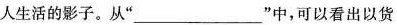
人生活的影子。从”___”中，可以看出以货